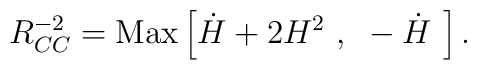
R_{CC}^{-2} = {\rm Max} \left[ \dot{H} + 2 H^2~, ~ - \dot{H}~\right].